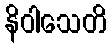
နိဝါသေတိ